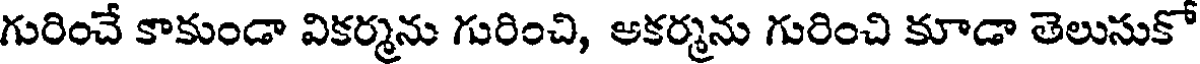
గురించే కాకుండా వికర్మను గురించి, ఆకర్మను గురించి కూడా తెలుసుకో